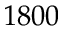
1 8 0 0